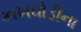
કાખઘોડીના